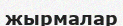
жырмалар